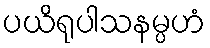
ပယိရုပါသနမ္ပဟံ